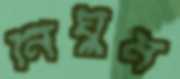
র্নিঘুম